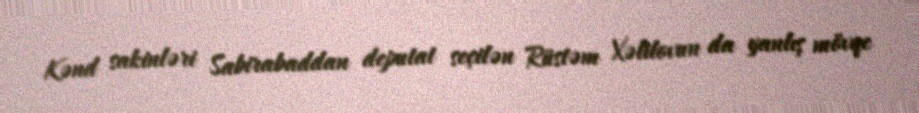
Kənd sakinləri Sabirabaddan deputat seçilən Rüstəm Xəlilovun da yanlış mövqe